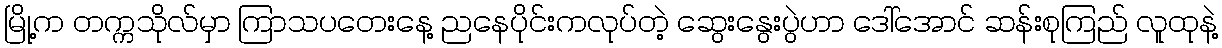
မြို့က တက္ကသိုလ်မှာ ကြာသပတေးနေ့ ညနေပိုင်းကလုပ်တဲ့ ဆွေးနွေးပွဲဟာ ဒေါ်အောင် ဆန်းစုကြည် လူထုနဲ့